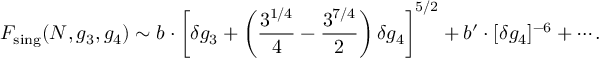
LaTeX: F _ { \mathrm { s i n g } } ( N , g _ { 3 } , g _ { 4 } ) \sim b \cdot \left[ \delta g _ { 3 } + \left( \frac { 3 ^ { 1 / 4 } } { 4 } - \frac { 3 ^ { 7 / 4 } } { 2 } \right) \delta g _ { 4 } \right] ^ { 5 / 2 } + b ^ { \prime } \cdot [ \delta g _ { 4 } ] ^ { - 6 } + \cdots .